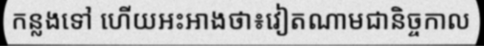
កន្លងទៅ ហើយអះអាងថា៖វៀតណាមជានិច្ចកាល